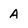
Character: A